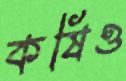
কষিও